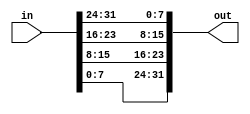
module top_module( 
    input [31:0] in,
    output [31:0] out );
    
    wire [7:0] a, b, c, d;
    
    assign a = in [7:0];
    assign b = in [15:8];
    assign c = in [23:16];
    assign d = in [31:24];

    assign out[31:24] = a;
    assign out[23:16] = b;
    assign out[15:8] = c;
    assign out[7:0] = d;
    
    endmodule